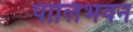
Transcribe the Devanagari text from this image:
पालिभवन